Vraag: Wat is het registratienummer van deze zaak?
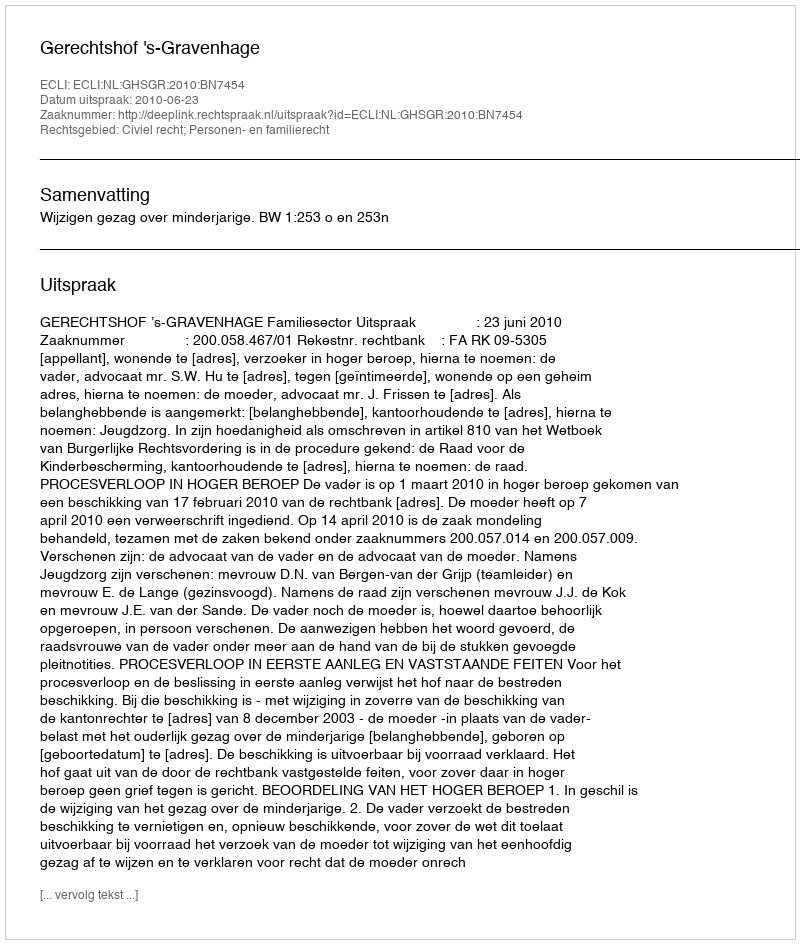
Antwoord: http://deeplink.rechtspraak.nl/uitspraak?id=ECLI:NL:GHSGR:2010:BN7454